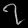
Digit: ၇